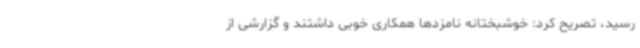
رسید، تصریح کرد: خوشبختانه نامزدها همکاری خوبی داشتند و گزارشی از